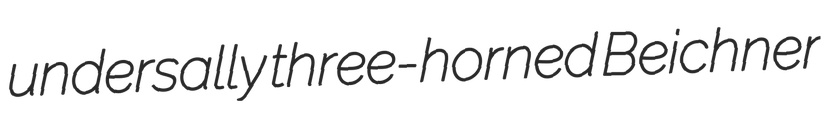
undersally three-horned Beichner